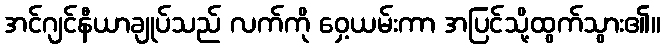
အင်ဂျင်နီယာချုပ်သည် လက်ကို ဝှေ့ယမ်းကာ အပြင်သို့ထွက်သွား၏။